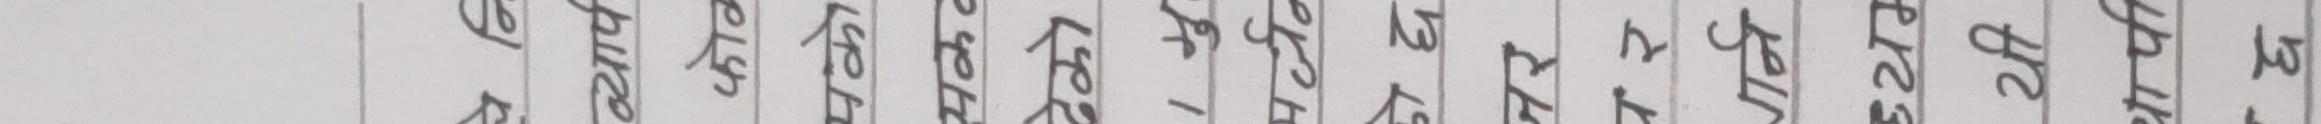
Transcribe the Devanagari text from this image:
व्यार्प
फोक
पको
सकत
देको
। मु
पर्जन
हो छ
जर
पर
गर्न
ध्यम
यी
थार्या
모